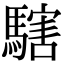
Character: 𩥌